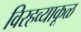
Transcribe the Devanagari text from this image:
विरहव्याकूळ